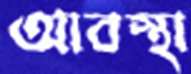
আবস্থা